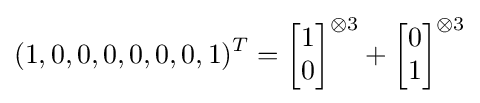
(1,0,0,0,0,0,0,1)^{T}={\begin{bmatrix}1\\0\end{bmatrix}}^{\otimes 3}+{\begin{bmatrix}0\\1\end{bmatrix}}^{\otimes 3}